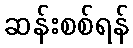
ဆန်းစစ်ရန်